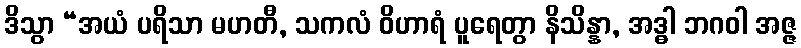
ဒိသွာ “အယံ ပရိသာ မဟတီ, သကလံ ဝိဟာရံ ပူရေတွာ နိသိန္နာ, အဒ္ဓါ ဘဂဝါ အဇ္ဇ